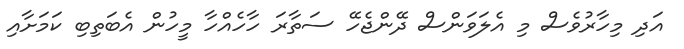
އަދި މިހާރުވެސް މި އެލަވަންސް ދޭންޖެހޭ ސަތާރަ ހާހެއްހާ މީހުން އެބަތިބި ކަމަށާއި